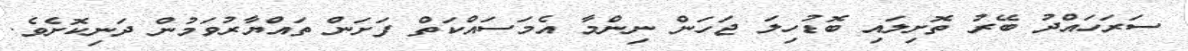
ސަރަހައްދު ބޭރު ތޮށިލައި ބޮޑުހިލަ ޖަަހަން ނިންމާ އެމަސައްކަތް ފަށަން ތައްޔާރުވަމުން ދަނިކޮށެވެ.